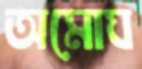
অমোঘ